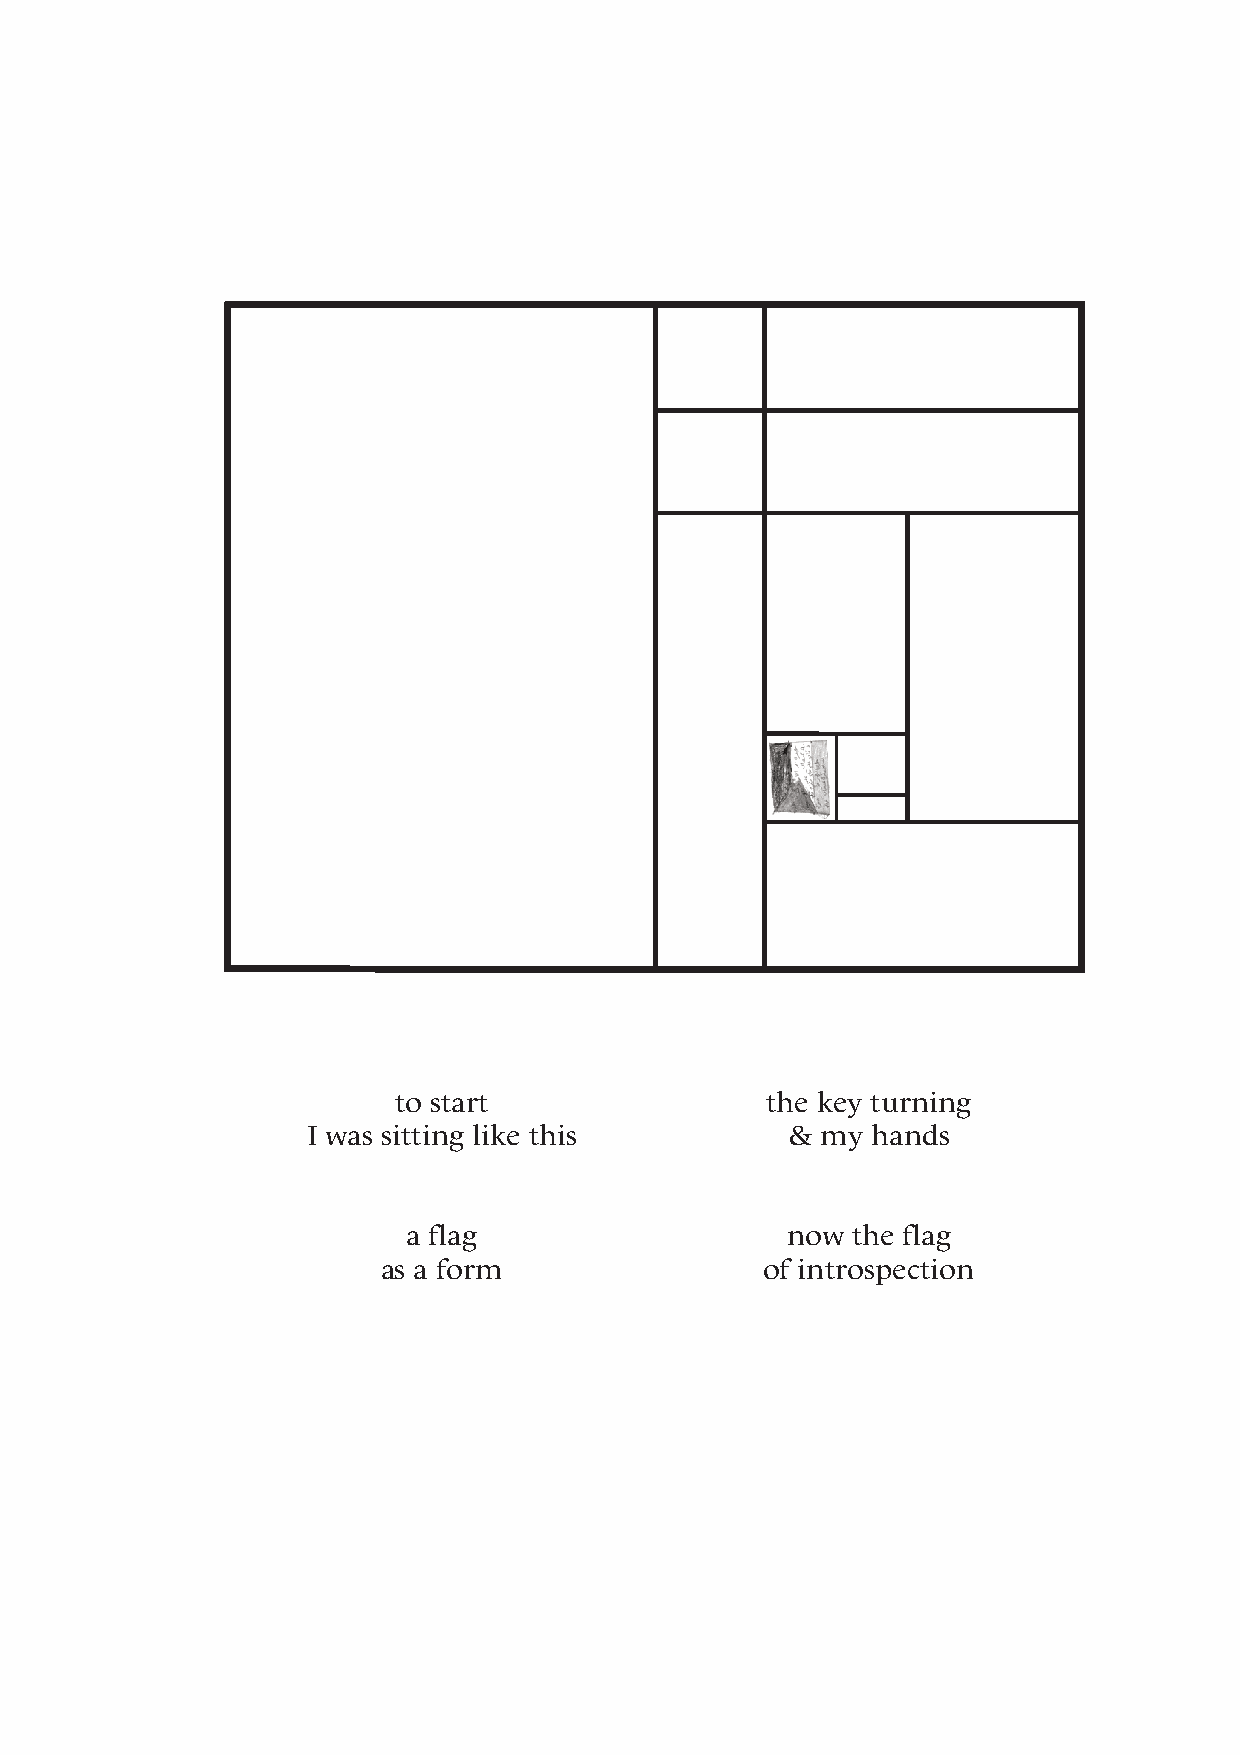
to start                 the key turning
 I was sitting like this         & my  hands
 a flag                   now the flag
 as a form                 of introspection
 47